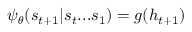
\psi _ { \boldsymbol \theta } ( s _ { t + 1 } | s _ { t } . . . s _ { 1 } ) = g ( h _ { t + 1 } )